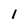
Character: 1